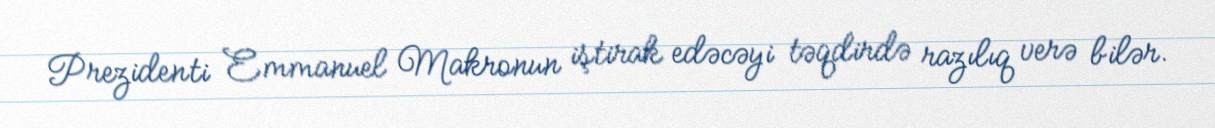
Prezidenti Emmanuel Makronun iştirak edəcəyi təqdirdə razılıq verə bilər.